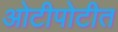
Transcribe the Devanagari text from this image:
ओटीपोटीत